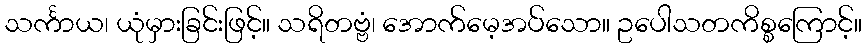
သင်္ကာယ၊ ယုံမှားခြင်းဖြင့်။ သရိတဗ္ဗံ၊ အောက်မေ့အပ်သော။ ဥပေါသတကိစ္စကြောင့်။